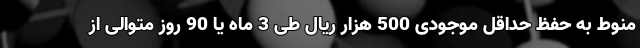
منوط به حفظ حداقل موجودی 500 هزار ریال طی 3 ماه یا 90 روز متوالی از